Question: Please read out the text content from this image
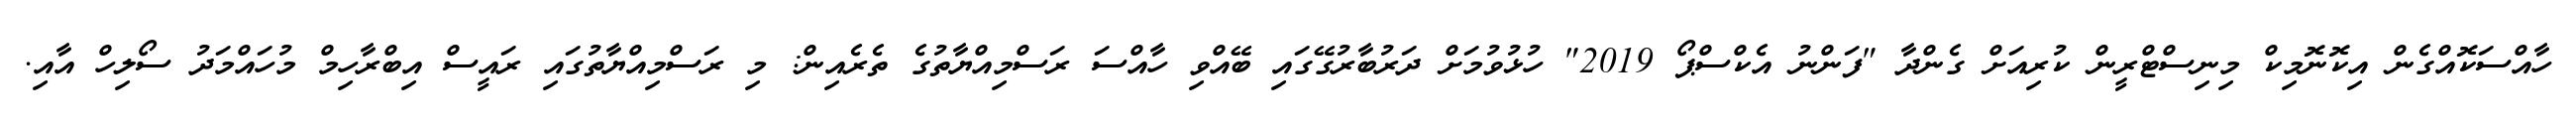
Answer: ހާއްސަކޮއްގެން އިކޮނޮމިކް މިނިސްޓްރީން ކުރިއަށް ގެންދާ "ފަންނު އެކްސްޕޯ 2019" ހުޅުވުމަށް ދަރުބާރުގޭގައި ބޭއްވި ހާއްސަ ރަސްމިއްޔާތުގެ ތެރެއިން: މި ރަސްމިއްޔާތުގައި ރައީސް އިބްރާހިމް މުހައްމަދު ސޯލިހް އާއި.